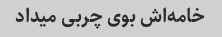
خامه‌اش بوی چربی میداد